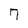
Character: 7